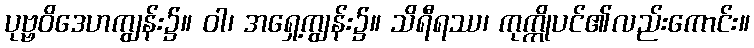
ပုဗ္ဗဝိဒေဟကျွန်း၌။ ဝါ၊ အရှေ့ကျွန်း၌။ သိရီရဿ၊ ကုက္ကိုပင်၏လည်းကောင်း။